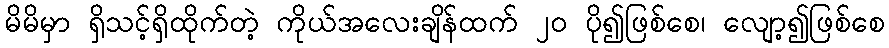
မိမိမှာ ရှိသင့်ရှိထိုက်တဲ့ ကိုယ်အလေးချိန်ထက် ၂ဝ ပို၍ဖြစ်စေ၊ လျော့၍ဖြစ်စေ